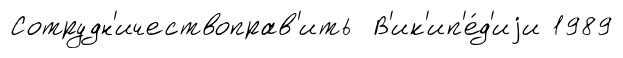
Сотрудн'ичествоправ'ить В'ик'ип'е́д'иjи 1989